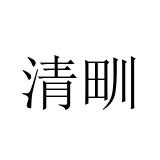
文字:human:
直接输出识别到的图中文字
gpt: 清甽